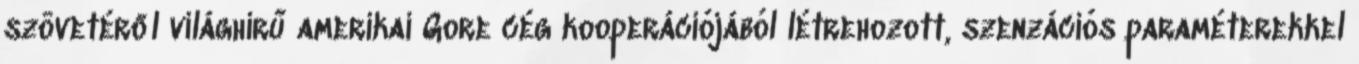
szövetéről világhírű amerikai Gore cég kooperációjából létrehozott, szenzációs paraméterekkel